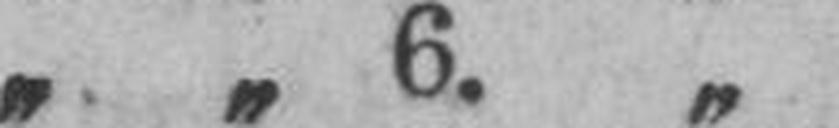
„ „ 6. „